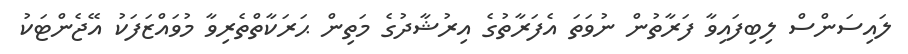
ލައިސަންސް ލިބިފައިވާ ފަރާތުން ނުވަތަ އެފަރާތުގެ އިރުޝާދުގެ މަތިން ޙަރަކާތްތެރިވާ މުވައްޒަފަކު އޭޖެންޓަކު